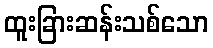
ထူးခြားဆန်းသစ်သော